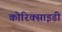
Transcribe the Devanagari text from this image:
कोरिक्साइडी